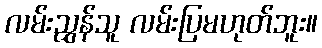
လမ်းညွှန်သူ လမ်းပြမဟုတ်ဘူး။